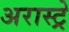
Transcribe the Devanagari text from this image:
अरास्ट्रे